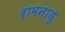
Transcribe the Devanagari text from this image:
रामनाडु